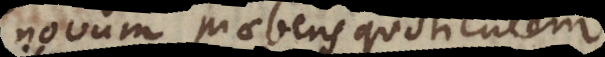
novum praebens quotientem